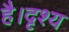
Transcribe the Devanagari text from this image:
है।दृश्य